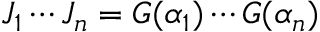
J _ { 1 } \cdots J _ { n } = G ( \alpha _ { 1 } ) \cdots G ( \alpha _ { n } )